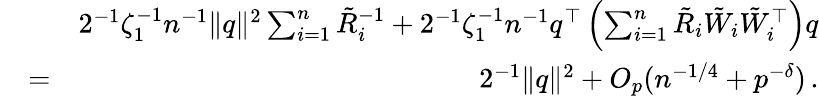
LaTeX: \begin{array}{rlr}&{}&{2^{-1}\zeta_{1}^{-1}n^{-1}\| {q}\| ^{2}\sum_{i=1}^{n}\tilde{R}_{i}^{-1}+2^{-1}\zeta_{1}^{-1}n^{-1}{q}^{\top}\left(\sum_{i=1}^{n}\tilde{R}_{i}{\tilde{W}}_{i}{\tilde{W}}_{i}^{\top}\right){q}}\\ &{=}&{2^{-1}\| {q}\| ^{2}+O_{p}(n^{-1/4}+p^{-\delta})\, .}\end{array}